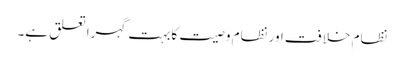
نظام خلافت اور نظام وصیت کابہت گہرا تعلق ہے۔